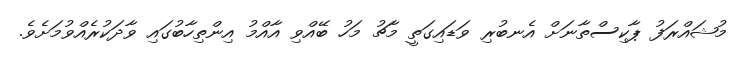
މުޝައްރަފު ޕާކިސްތާނަށް އެނބުރި ވަޑައިގަތީ މާޗު މަހު ބޭއްވި އާއްމު އިންތިހާބުގައި ވާދަކުރެއްވުމަށެވެ.